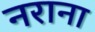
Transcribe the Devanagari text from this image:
नराना